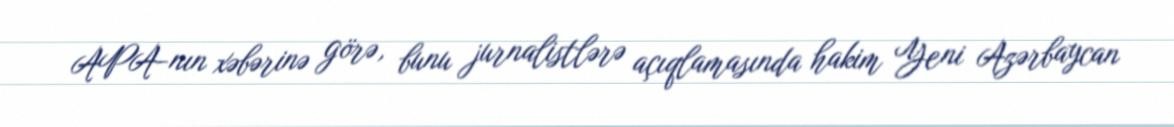
APA-nın xəbərinə görə, bunu jurnalistlərə açıqlamasında hakim Yeni Azərbaycan